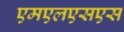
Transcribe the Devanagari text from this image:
एमएलएसएस